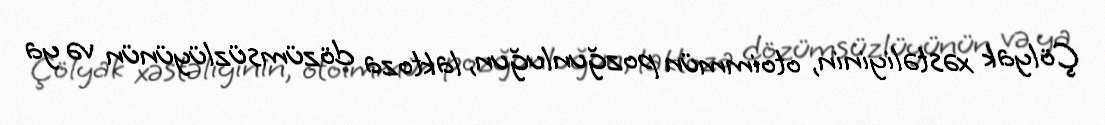
Çölyak xəstəliyinin, otoimmün pozğunluğun, laktoza dözümsüzlüyünün və ya